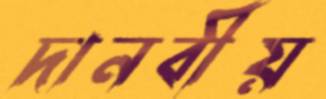
দানবীয়